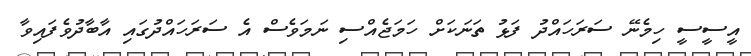
އީސީސީ ހިމެނޭ ސަރަހައްދު ފަޅު ތަނަކަށް ހަމަޖެއްސި ނަމަވެސް އެ ސަރަހައްދުގައި އާބާދުވެފައިވާ